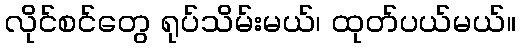
လိုင်စင်တွေ ရုပ်သိမ်းမယ်၊ ထုတ်ပယ်မယ်။